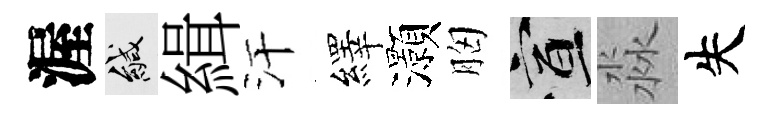
渥緘緝汗繹灝胸宣淼失